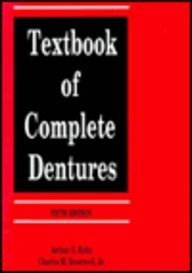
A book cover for Textbook of Complete Dentures; Arthur O. Rahn; Medical Books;